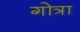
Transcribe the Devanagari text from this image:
गोत्रा